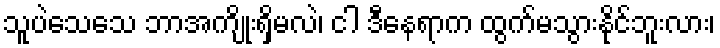
သူပဲသေသေ ဘာအကျိုးရှိမလဲ၊ ငါ ဒီနေရာက ထွက်မသွားနိုင်ဘူးလား၊